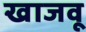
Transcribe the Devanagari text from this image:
खाजवू